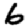
Digit: 6